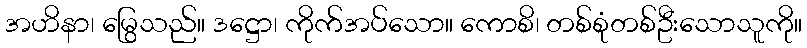
အဟိနာ၊ မြွေသည်။ ဒဋ္ဌော၊ ကိုက်အပ်သော။ ကောစိ၊ တစ်စုံတစ်ဦးသောသူကို။